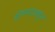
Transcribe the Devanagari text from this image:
होण्यापसून